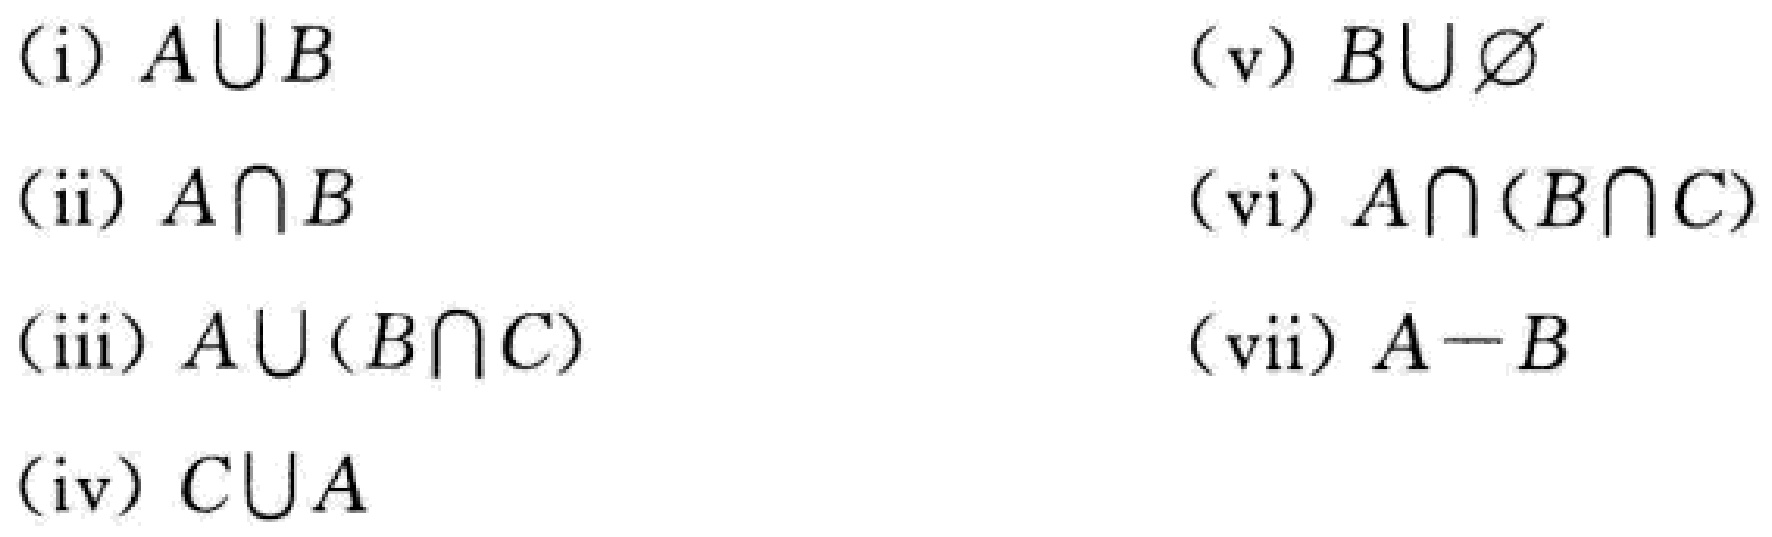
(i) \(A\cup B\)

(ii) \(A\cap B\)

(iii) \(A\cup (B\cap C)\)

(iv) \(C\cup A\)

(v) \(B\cup \varnothing\)

(vi) \(A\cap (B\cap C)\)

(vii) \(A - B\)